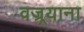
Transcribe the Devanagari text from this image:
वज्र्रयाना